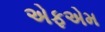
એફએમ